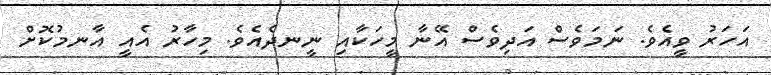
އަހަރު ވީއެވެ. ނަމަވެސް އަދިވެސް އޭނާ މީހަކާއި ނީނދެއެވެ. މިހާރު އެއީ އާނމުކޮށް